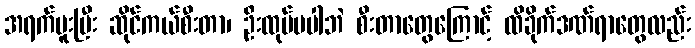
အရက်မူးပြီး ဆိုင်ကယ်စီးတာ၊ ဦးထုပ်မပါဘဲ စီးတာတွေကြောင့် ထိခိုက်ဒဏ်ရာတွေလည်း